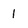
Character: 1